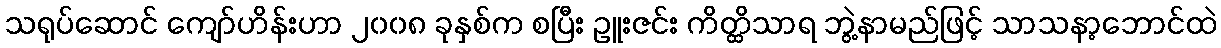
သရုပ်ဆောင် ကျော်ဟိန်းဟာ ၂၀၀၈ ခုနှစ်က စပြီး ဥူးဇင်း ကိတ္ထိသာရ ဘွဲ့နာမည်ဖြင့် သာသနာ့ဘောင်ထဲ